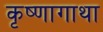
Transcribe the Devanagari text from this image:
कृष्णागाथा